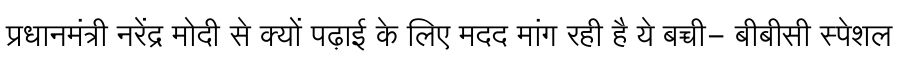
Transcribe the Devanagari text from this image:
प्रधानमंत्री नरेंद्र मोदी से क्यों पढ़ाई के लिए मदद मांग रही है ये बच्ची- बीबीसी स्पेशल